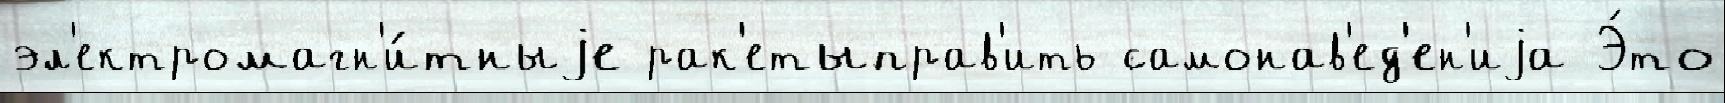
эл'ектромагн'и́тныjе рак'етыправ'ить самонав'ед'ен'иjа Э́то